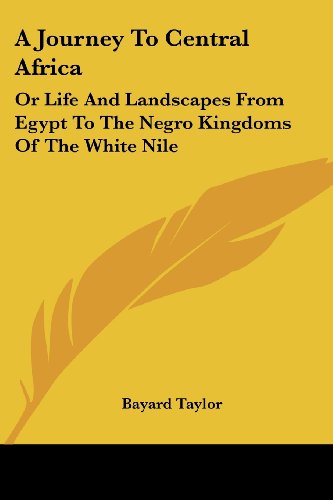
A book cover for A Journey To Central Africa: Or Life And Landscapes From Egypt To The Negro Kingdoms Of The White Nile; Bayard Taylor; Travel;